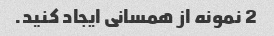
2 نمونه از همسانی ایجاد کنید.